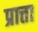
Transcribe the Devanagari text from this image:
प्रात्ता